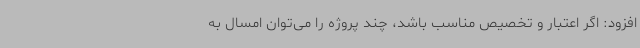
افزود: اگر اعتبار و تخصیص مناسب باشد، چند پروژه را می‌توان امسال به